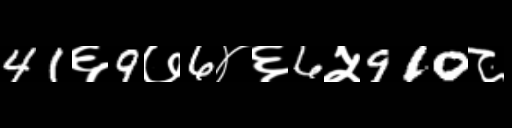
Text: 41६9७6४६6५910८